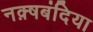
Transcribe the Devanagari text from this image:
नक़्षबंदिया